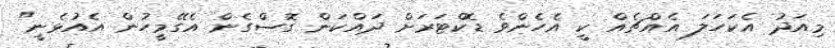
މިއަދު އެކަހަލަ އެއްޗެއް ކީ އެހެންވެ ޑޮކްޓަރަށް ދައްކަން ގޮސްގެން އެގޭމީހުން އެއުޅެނީ"